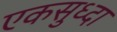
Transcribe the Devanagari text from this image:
एकसुध्दा